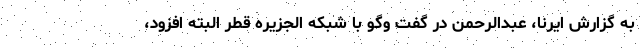
به گزارش ایرنا، عبدالرحمن در گفت وگو با شبکه الجزیره قطر البته افزود،